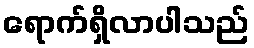
ရောက်ရှိလာပါသည်